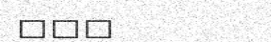
١٢٣